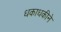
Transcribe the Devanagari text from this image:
धकाधकीने